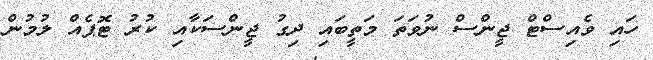
ހައި ވެއިސްޓް ޖީންސް ނުވަތަ މަތީބައި ދިގު ޖީންސަކާއި ކުރު ޓޮޕެއް ލުމުން